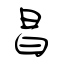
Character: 昌